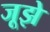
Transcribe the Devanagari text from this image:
जूझे